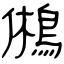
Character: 鵂